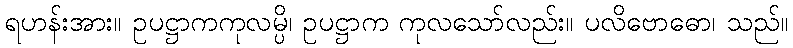
ရဟန်းအား။ ဥပဋ္ဌာကကုလမ္ပိ၊ ဥပဋ္ဌာက ကုလသော်လည်း။ ပလိဗောဓော၊ သည်။